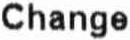
CHANGE